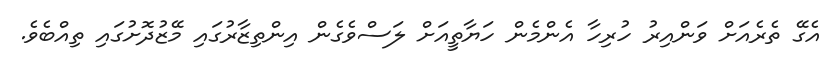
އެގޭ ތެރެއަށް ވަންއިރު ހުރިހާ އެންމެން ހަޔާތީއަށް ލަސްވެގެން އިންތިޒާރުގައި މޭޒުދޮށުގައި ތިއްބެވެ.